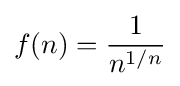
f(n)={\frac {1}{n^{1/n}}}